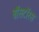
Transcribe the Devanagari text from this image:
बॉसटॉरस